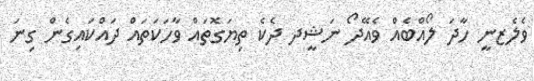
ވެލެޒނީ ހާދަ ލޯއްބެއް ވެއޭދޯ ނަޝީދ ދެކެ ތިޔަގޮތައް ވާހަކަތައް ދައްކައިގެން ގިނަ